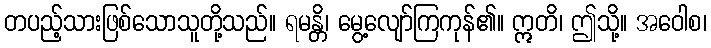
တပည့်သားဖြစ်သောသူတို့သည်။ ရမန္တိ၊ မွေ့လျော်ကြကုန်၏။ ဣတိ၊ ဤသို့။ အဝေါစ၊